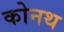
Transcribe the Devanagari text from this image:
कोनथ